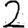
Digit: 2